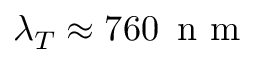
\lambda _ { T } \approx 7 6 0 \, \mathrm { ~ n ~ m ~ }